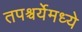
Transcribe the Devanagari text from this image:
तपश्चर्येमध्ये